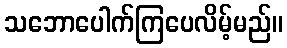
သဘောပေါက်ကြပေလိမ့်မည်။